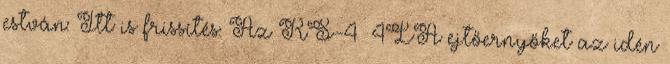
estván: Itt is frissítés: Az RS-4 4LA ejtőernyőket az idén